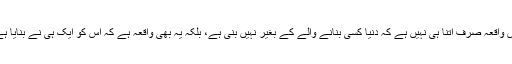
پس واقعہ صرف اتنا ہی نہیں ہے کہ دنیا کسی بنانے والے کے بغیر نہیں بنی ہے، بلکہ یہ بھی واقعہ ہے کہ اس کو ایک ہی نے بنایا ہے۔